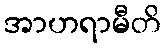
အာဟရာမီတိ